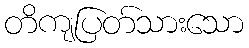
တိကျပြတ်သားသော